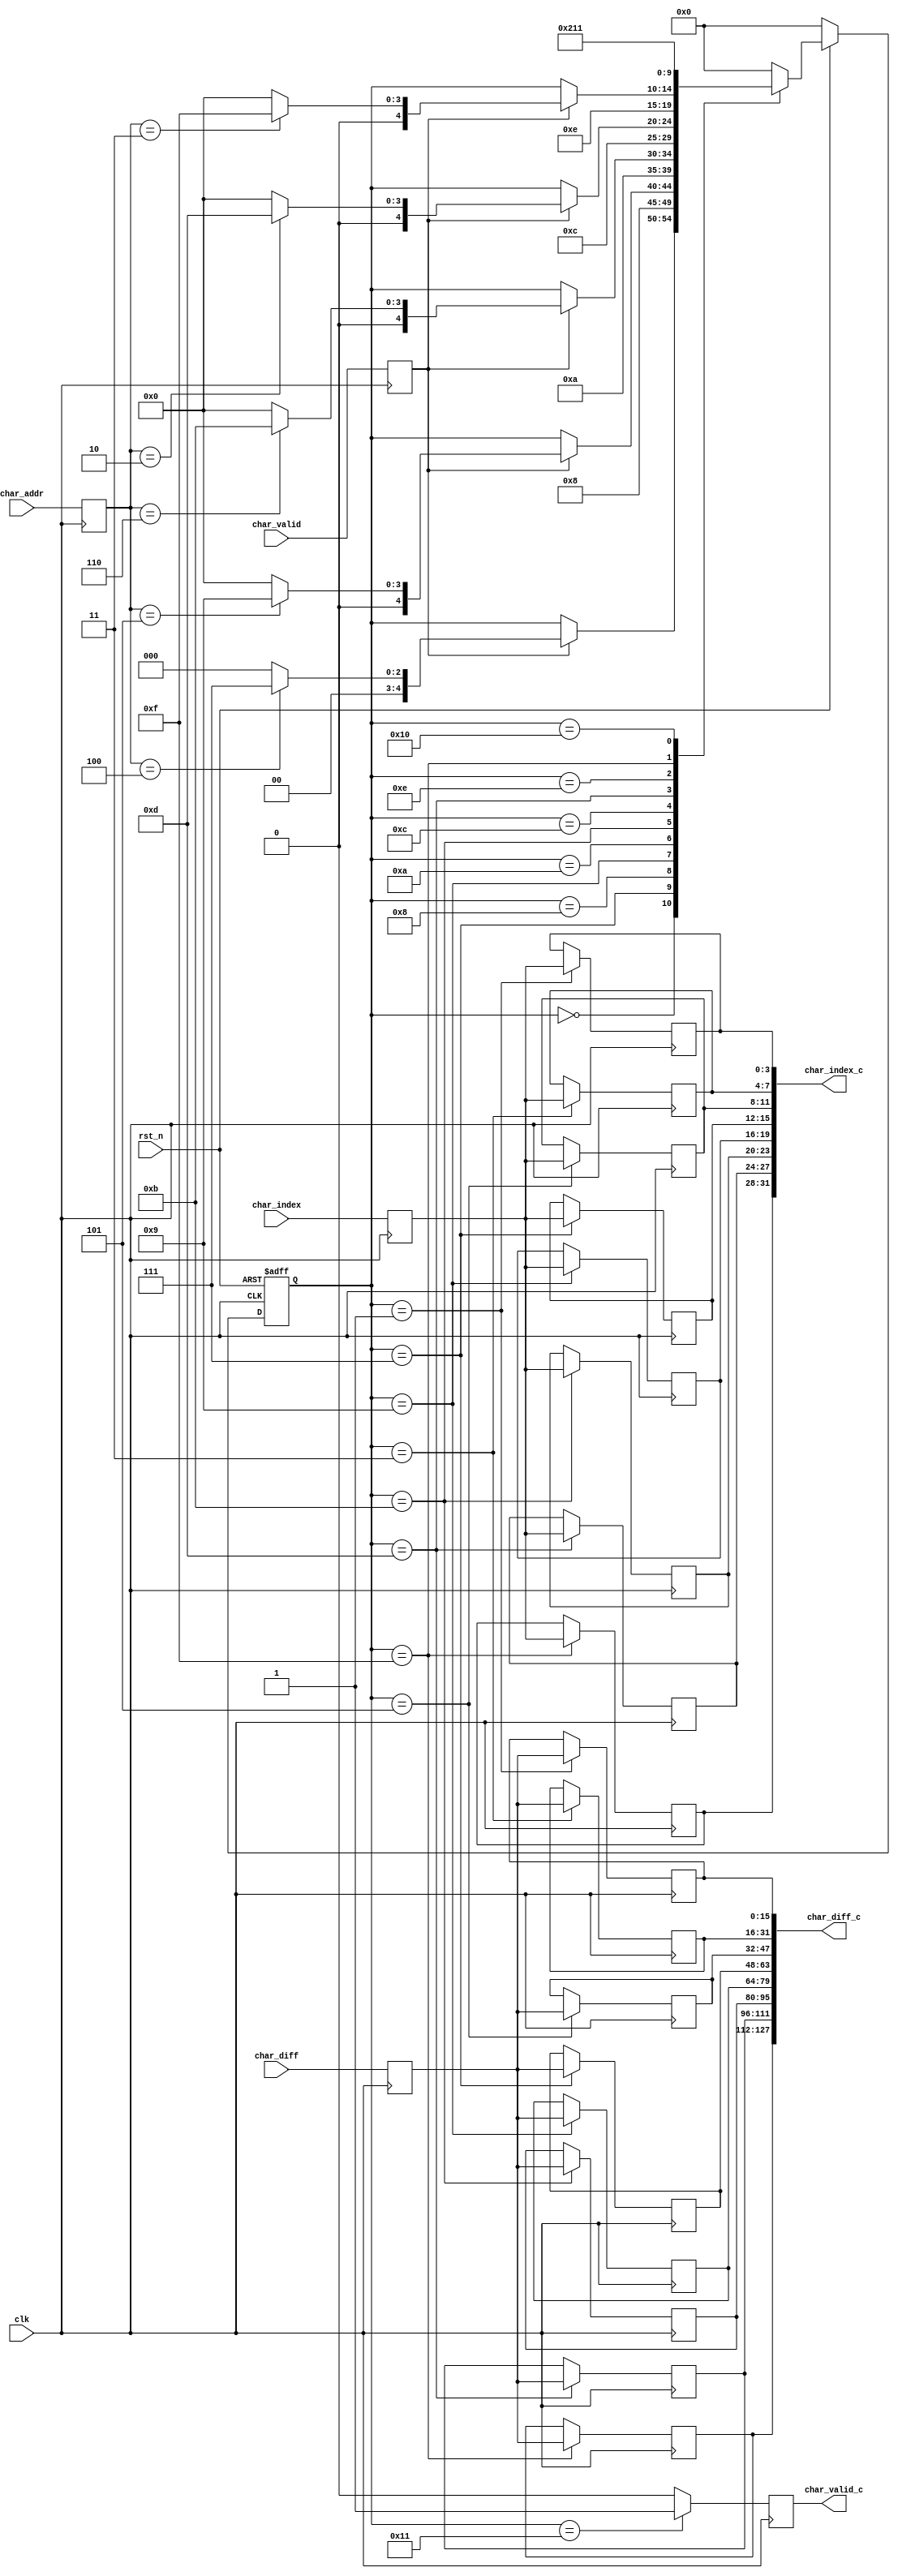
`timescale 1ns / 1ps
//////////////////////////////////////////////////////////////////////////////////
// Company: 
// Engineer: 
// 
// Design Name: 
// Module Name: combine
// Project Name: 
// Target Devices: 
// Tool Versions: 
// Description: 
// 
// Dependencies: 
// 
// Revision:
// Revision 0.01 - File Created
// Additional Comments:
// 
//////////////////////////////////////////////////////////////////////////////////


module combine #(
	parameter [0:0] ALL_CHAR = 0,
	parameter [3:0] CHAR_NUM = 7
	)(
	input             clk         ,
	input             rst_n       ,

	/* input signal */
	input  [     3:0] char_index  ,
	input  [    15:0] char_diff   ,
	input  [     2:0] char_addr   ,
	input             char_valid  ,

	/* output signal */
	output [ 8*4-1:0] char_index_c, // 32
	output [8*16-1:0] char_diff_c , // 32*4
	output            char_valid_c
);

	localparam IDLE    = 5'd0;
	localparam CHAR0_V = 5'd1;
	localparam CHAR0   = 5'd2;
	localparam CHAR1_V = 5'd3;
	localparam CHAR1   = 5'd4;
	localparam CHAR2_V = 5'd5;
	localparam CHAR2   = 5'd6;
	localparam CHAR3_V = 5'd7;
	localparam CHAR3   = 5'd8;
	localparam CHAR4_V = 5'd9;
	localparam CHAR4   = 5'd10;
	localparam CHAR5_V = 5'd11;
	localparam CHAR5   = 5'd12;
	localparam CHAR6_V = 5'd13;
	localparam CHAR6   = 5'd14;
	localparam CHAR7_V = 5'd15;
	localparam CHAR7   = 5'd16;
	localparam DONE    = 5'd17;

	reg [3:0] char_index_reg[7:0];
	reg [15:0] char_diff_reg[7:0];
	reg [2:0] char_addr_reg[7:0];
	reg char_valid_reg;

	reg [ 3:0] char_index_delay = 'd0;
	reg [15:0] char_diff_delay  = 'd0;
	reg [ 2:0] char_addr_delay  = 'd0;
	reg        char_valid_delay = 'd0;

	reg [4:0] state_now;
	reg [4:0] state_next;

	always @(posedge clk) begin
		char_index_delay <= char_index;
		char_diff_delay  <= char_diff;
		char_addr_delay  <= char_addr;
		char_valid_delay <= char_valid;
	end

	always @(posedge clk or negedge rst_n) begin : proc_state_now
		if(~rst_n) begin
			state_now <= IDLE;
		end else begin
			state_now <= state_next;
		end
	end
/*
generate
	if(ALL_CHAR) begin

		always @(*) begin : proc_state_next
			if(~rst_n) begin
				state_next = IDLE;
			end else begin
				case (state_now)
					IDLE : begin 
						if(char_valid_delay) begin
							if(char_addr_delay == 'd2) begin
								state_next = CHAR0_V;
							end else begin 
								state_next = IDLE;
							end
						end else begin 
							state_next = state_now;
						end
					end
					CHAR0_V : begin 
						state_next = CHAR0;
					end
					CHAR0 : begin 
						if(char_valid_delay) begin
							if(char_addr_delay == 'd3) begin
								state_next = CHAR1_V;
							end else begin 
								state_next = IDLE;
							end
						end else begin 
							state_next = state_now;
						end
					end
					CHAR1_V : begin 
						state_next = CHAR1;
					end
					CHAR1 : begin 
						if(char_valid_delay) begin
							if(char_addr_delay == 'd4) begin
								state_next = CHAR2_V;
							end else begin 
								state_next = IDLE;
							end
						end else begin 
							state_next = state_now;
						end
					end
					CHAR2_V : begin 
						state_next = CHAR2;
					end
					CHAR2 : begin 
						if(char_valid_delay) begin
							if(char_addr_delay == 'd5) begin
								state_next = CHAR3_V;
							end else begin 
								state_next = IDLE;
							end
						end else begin 
							state_next = state_now;
						end
					end
					CHAR3_V : begin 
						state_next = CHAR3;
					end
					CHAR3 : begin 
						if(char_valid_delay) begin
							if(char_addr_delay == 'd6) begin
								state_next = CHAR4_V;
							end else begin 
								state_next = IDLE;
							end
						end else begin 
							state_next = state_now;
						end
					end
					CHAR4_V : begin 
						state_next = CHAR4;
					end
					CHAR4 : begin 
						if(char_valid_delay) begin
							if(char_addr_delay == 'd7) begin
								state_next = CHAR5_V;
							end else begin 
								state_next = IDLE;
							end
						end else begin 
							state_next = state_now;
						end
					end
					CHAR5_V : begin 
						state_next = CHAR5;
					end
					CHAR5 : begin 
						if(char_valid_delay) begin
							if(char_addr_delay == 'd0) begin
								state_next = CHAR6_V;
							end else begin 
								state_next = IDLE;
							end
						end else begin 
							state_next = state_now;
						end
					end
					CHAR6_V : begin 
						state_next = CHAR6;
					end
					CHAR6 : begin 
						if(char_valid_delay) begin
							if(char_addr_delay == 'd1) begin
								state_next = CHAR7_V;
							end else begin 
								state_next = IDLE;
							end
						end else begin 
							state_next = state_now;
						end
					end
					CHAR7_V : begin 
						state_next = CHAR7;
					end
					CHAR7 : begin 
						state_next = DONE;
					end
					DONE : begin 
						state_next = IDLE;
					end
					default : state_next = IDLE;
				endcase
			end
		end
	
	end else begin 

		generate

			if(CHAR_NUM == 8) begin

				always @(*) begin : proc_state_next
					if(~rst_n) begin
						state_next = IDLE;
					end else begin
						case (state_now)
							IDLE : begin 
								if(char_valid_delay) begin
									if(char_addr_delay == 'd5) begin
										state_next = CHAR3_V;
									end else begin 
										state_next = IDLE;
									end
								end else begin 
									state_next = state_now;
								end
							end
							CHAR3_V : begin 
								state_next = CHAR3;
							end
							CHAR3 : begin 
								if(char_valid_delay) begin
									if(char_addr_delay == 'd6) begin
										state_next = CHAR4_V;
									end else begin 
										state_next = IDLE;
									end
								end else begin 
									state_next = state_now;
								end
							end
							CHAR4_V : begin 
								state_next = CHAR4;
							end
							CHAR4 : begin 
								if(char_valid_delay) begin
									if(char_addr_delay == 'd7) begin
										state_next = CHAR5_V;
									end else begin 
										state_next = IDLE;
									end
								end else begin 
									state_next = state_now;
								end
							end
							CHAR5_V : begin 
								state_next = CHAR5;
							end
							CHAR5 : begin 
								if(char_valid_delay) begin
									if(char_addr_delay == 'd3) begin
										state_next = CHAR6_V;
									end else begin 
										state_next = IDLE;
									end
								end else begin 
									state_next = state_now;
								end
							end
							CHAR6_V : begin 
								state_next = CHAR6;
							end
							CHAR6 : begin 
								if(char_valid_delay) begin
									if(char_addr_delay == 'd4) begin
										state_next = CHAR7_V;
									end else begin 
										state_next = IDLE;
									end
								end else begin 
									state_next = state_now;
								end
							end
							CHAR7_V : begin 
								state_next = CHAR7;
							end
							CHAR7 : begin 
								state_next = DONE;
							end
							DONE : begin 
								state_next = IDLE;
							end
							default : state_next = IDLE;
						endcase
					end
				end
				
			end else begin 

				always @(*) begin : proc_state_next
					if(~rst_n) begin
						state_next = IDLE;
					end else begin
						case (state_now)
							IDLE : begin 
								if(char_valid_delay) begin
									if(char_addr_delay == 'd4) begin
										state_next = CHAR3_V;
									end else begin 
										state_next = IDLE;
									end
								end else begin 
									state_next = state_now;
								end
							end
							CHAR3_V : begin 
								state_next = CHAR3;
							end
							CHAR3 : begin 
								if(char_valid_delay) begin
									if(char_addr_delay == 'd5) begin
										state_next = CHAR4_V;
									end else begin 
										state_next = IDLE;
									end
								end else begin 
									state_next = state_now;
								end
							end
							CHAR4_V : begin 
								state_next = CHAR4;
							end
							CHAR4 : begin 
								if(char_valid_delay) begin
									if(char_addr_delay == 'd6) begin
										state_next = CHAR5_V;
									end else begin 
										state_next = IDLE;
									end
								end else begin 
									state_next = state_now;
								end
							end
							CHAR5_V : begin 
								state_next = CHAR5;
							end
							CHAR5 : begin 
								if(char_valid_delay) begin
									if(char_addr_delay == 'd2) begin
										state_next = CHAR6_V;
									end else begin 
										state_next = IDLE;
									end
								end else begin 
									state_next = state_now;
								end
							end
							CHAR6_V : begin 
								state_next = CHAR6;
							end
							CHAR6 : begin 
								if(char_valid_delay) begin
									if(char_addr_delay == 'd3) begin
										state_next = CHAR7_V;
									end else begin 
										state_next = IDLE;
									end
								end else begin 
									state_next = state_now;
								end
							end
							CHAR7_V : begin 
								state_next = CHAR7;
							end
							CHAR7 : begin 
								state_next = DONE;
							end
							DONE : begin 
								state_next = IDLE;
							end
							default : state_next = IDLE;
						endcase
					end
				end

			end

		endgenerate
	
	end
endgenerate
*/

generate
case ({ALL_CHAR, CHAR_NUM})
	5'b11000: begin // ALL CHAR

		always @(*) begin : proc_state_next
			if(~rst_n) begin
				state_next = IDLE;
			end else begin
				case (state_now)
					IDLE : begin 
						if(char_valid_delay) begin
							if(char_addr_delay == 'd2) begin
								state_next = CHAR0_V;
							end else begin 
								state_next = IDLE;
							end
						end else begin 
							state_next = state_now;
						end
					end
					CHAR0_V : begin 
						state_next = CHAR0;
					end
					CHAR0 : begin 
						if(char_valid_delay) begin
							if(char_addr_delay == 'd3) begin
								state_next = CHAR1_V;
							end else begin 
								state_next = IDLE;
							end
						end else begin 
							state_next = state_now;
						end
					end
					CHAR1_V : begin 
						state_next = CHAR1;
					end
					CHAR1 : begin 
						if(char_valid_delay) begin
							if(char_addr_delay == 'd4) begin
								state_next = CHAR2_V;
							end else begin 
								state_next = IDLE;
							end
						end else begin 
							state_next = state_now;
						end
					end
					CHAR2_V : begin 
						state_next = CHAR2;
					end
					CHAR2 : begin 
						if(char_valid_delay) begin
							if(char_addr_delay == 'd5) begin
								state_next = CHAR3_V;
							end else begin 
								state_next = IDLE;
							end
						end else begin 
							state_next = state_now;
						end
					end
					CHAR3_V : begin 
						state_next = CHAR3;
					end
					CHAR3 : begin 
						if(char_valid_delay) begin
							if(char_addr_delay == 'd6) begin
								state_next = CHAR4_V;
							end else begin 
								state_next = IDLE;
							end
						end else begin 
							state_next = state_now;
						end
					end
					CHAR4_V : begin 
						state_next = CHAR4;
					end
					CHAR4 : begin 
						if(char_valid_delay) begin
							if(char_addr_delay == 'd7) begin
								state_next = CHAR5_V;
							end else begin 
								state_next = IDLE;
							end
						end else begin 
							state_next = state_now;
						end
					end
					CHAR5_V : begin 
						state_next = CHAR5;
					end
					CHAR5 : begin 
						if(char_valid_delay) begin
							if(char_addr_delay == 'd0) begin
								state_next = CHAR6_V;
							end else begin 
								state_next = IDLE;
							end
						end else begin 
							state_next = state_now;
						end
					end
					CHAR6_V : begin 
						state_next = CHAR6;
					end
					CHAR6 : begin 
						if(char_valid_delay) begin
							if(char_addr_delay == 'd1) begin
								state_next = CHAR7_V;
							end else begin 
								state_next = IDLE;
							end
						end else begin 
							state_next = state_now;
						end
					end
					CHAR7_V : begin 
						state_next = CHAR7;
					end
					CHAR7 : begin 
						state_next = DONE;
					end
					DONE : begin 
						state_next = IDLE;
					end
					default : state_next = IDLE;
				endcase
			end
		end

	end
	5'b01000: begin // CHAR NUM = 8

		always @(*) begin : proc_state_next
			if(~rst_n) begin
				state_next = IDLE;
			end else begin
				case (state_now)
					IDLE : begin 
						if(char_valid_delay) begin
							if(char_addr_delay == 'd5) begin
								state_next = CHAR3_V;
							end else begin 
								state_next = IDLE;
							end
						end else begin 
							state_next = state_now;
						end
					end
					CHAR3_V : begin 
						state_next = CHAR3;
					end
					CHAR3 : begin 
						if(char_valid_delay) begin
							if(char_addr_delay == 'd6) begin
								state_next = CHAR4_V;
							end else begin 
								state_next = IDLE;
							end
						end else begin 
							state_next = state_now;
						end
					end
					CHAR4_V : begin 
						state_next = CHAR4;
					end
					CHAR4 : begin 
						if(char_valid_delay) begin
							if(char_addr_delay == 'd7) begin
								state_next = CHAR5_V;
							end else begin 
								state_next = IDLE;
							end
						end else begin 
							state_next = state_now;
						end
					end
					CHAR5_V : begin 
						state_next = CHAR5;
					end
					CHAR5 : begin 
						if(char_valid_delay) begin
							if(char_addr_delay == 'd3) begin
								state_next = CHAR6_V;
							end else begin 
								state_next = IDLE;
							end
						end else begin 
							state_next = state_now;
						end
					end
					CHAR6_V : begin 
						state_next = CHAR6;
					end
					CHAR6 : begin 
						if(char_valid_delay) begin
							if(char_addr_delay == 'd4) begin
								state_next = CHAR7_V;
							end else begin 
								state_next = IDLE;
							end
						end else begin 
							state_next = state_now;
						end
					end
					CHAR7_V : begin 
						state_next = CHAR7;
					end
					CHAR7 : begin 
						state_next = DONE;
					end
					DONE : begin 
						state_next = IDLE;
					end
					default : state_next = IDLE;
				endcase
			end
		end

	end
	5'b00111:begin // CHAR NUM = 7

		always @(*) begin : proc_state_next
			if(~rst_n) begin
				state_next = IDLE;
			end else begin
				case (state_now)
					IDLE : begin 
						if(char_valid_delay) begin
							if(char_addr_delay == 'd4) begin
								state_next = CHAR3_V;
							end else begin 
								state_next = IDLE;
							end
						end else begin 
							state_next = state_now;
						end
					end
					CHAR3_V : begin 
						state_next = CHAR3;
					end
					CHAR3 : begin 
						if(char_valid_delay) begin
							if(char_addr_delay == 'd5) begin
								state_next = CHAR4_V;
							end else begin 
								state_next = IDLE;
							end
						end else begin 
							state_next = state_now;
						end
					end
					CHAR4_V : begin 
						state_next = CHAR4;
					end
					CHAR4 : begin 
						if(char_valid_delay) begin
							if(char_addr_delay == 'd6) begin
								state_next = CHAR5_V;
							end else begin 
								state_next = IDLE;
							end
						end else begin 
							state_next = state_now;
						end
					end
					CHAR5_V : begin 
						state_next = CHAR5;
					end
					CHAR5 : begin 
						if(char_valid_delay) begin
							if(char_addr_delay == 'd2) begin
								state_next = CHAR6_V;
							end else begin 
								state_next = IDLE;
							end
						end else begin 
							state_next = state_now;
						end
					end
					CHAR6_V : begin 
						state_next = CHAR6;
					end
					CHAR6 : begin 
						if(char_valid_delay) begin
							if(char_addr_delay == 'd3) begin
								state_next = CHAR7_V;
							end else begin 
								state_next = IDLE;
							end
						end else begin 
							state_next = state_now;
						end
					end
					CHAR7_V : begin 
						state_next = CHAR7;
					end
					CHAR7 : begin 
						state_next = DONE;
					end
					DONE : begin 
						state_next = IDLE;
					end
					default : state_next = IDLE;
				endcase
			end
		end

	end
	default :begin // CHAR NUM = 7

		always @(*) begin : proc_state_next
			if(~rst_n) begin
				state_next = IDLE;
			end else begin
				case (state_now)
					IDLE : begin 
						if(char_valid_delay) begin
							if(char_addr_delay == 'd4) begin
								state_next = CHAR3_V;
							end else begin 
								state_next = IDLE;
							end
						end else begin 
							state_next = state_now;
						end
					end
					CHAR3_V : begin 
						state_next = CHAR3;
					end
					CHAR3 : begin 
						if(char_valid_delay) begin
							if(char_addr_delay == 'd5) begin
								state_next = CHAR4_V;
							end else begin 
								state_next = IDLE;
							end
						end else begin 
							state_next = state_now;
						end
					end
					CHAR4_V : begin 
						state_next = CHAR4;
					end
					CHAR4 : begin 
						if(char_valid_delay) begin
							if(char_addr_delay == 'd6) begin
								state_next = CHAR5_V;
							end else begin 
								state_next = IDLE;
							end
						end else begin 
							state_next = state_now;
						end
					end
					CHAR5_V : begin 
						state_next = CHAR5;
					end
					CHAR5 : begin 
						if(char_valid_delay) begin
							if(char_addr_delay == 'd2) begin
								state_next = CHAR6_V;
							end else begin 
								state_next = IDLE;
							end
						end else begin 
							state_next = state_now;
						end
					end
					CHAR6_V : begin 
						state_next = CHAR6;
					end
					CHAR6 : begin 
						if(char_valid_delay) begin
							if(char_addr_delay == 'd3) begin
								state_next = CHAR7_V;
							end else begin 
								state_next = IDLE;
							end
						end else begin 
							state_next = state_now;
						end
					end
					CHAR7_V : begin 
						state_next = CHAR7;
					end
					CHAR7 : begin 
						state_next = DONE;
					end
					DONE : begin 
						state_next = IDLE;
					end
					default : state_next = IDLE;
				endcase
			end
		end

	end
endcase
endgenerate

	always @(posedge clk) begin : proc_output
		case (state_now)
			CHAR0_V : begin 
				char_index_reg[0] <= char_index_delay;
				char_diff_reg[0] <= char_diff_delay;
				char_valid_reg <= 'b0;
			end
			CHAR1_V : begin 
				char_index_reg[1] <= char_index_delay;
				char_diff_reg[1] <= char_diff_delay;
				char_valid_reg <= 'b0;
			end
			CHAR2_V : begin 
				char_index_reg[2] <= char_index_delay;
				char_diff_reg[2] <= char_diff_delay;
				char_valid_reg <= 'b0;
			end
			CHAR3_V : begin 
				char_index_reg[3] <= char_index_delay;
				char_diff_reg[3] <= char_diff_delay;
				char_valid_reg <= 'b0;
			end
			CHAR4_V : begin 
				char_index_reg[4] <= char_index_delay;
				char_diff_reg[4] <= char_diff_delay;
				char_valid_reg <= 'b0;
			end
			CHAR5_V : begin 
				char_index_reg[5] <= char_index_delay;
				char_diff_reg[5] <= char_diff_delay;
				char_valid_reg <= 'b0;
			end
			CHAR6_V : begin 
				char_index_reg[6] <= char_index_delay;
				char_diff_reg[6] <= char_diff_delay;
				char_valid_reg <= 'b0;
			end
			CHAR7_V : begin 
				char_index_reg[7] <= char_index_delay;
				char_diff_reg[7] <= char_diff_delay;
				char_valid_reg <= 'b0;
			end
			DONE : begin 
				char_valid_reg <= 'b1;
			end
			default : begin 
				char_valid_reg <= 1'b0;
			end
		endcase
	end

	assign char_index_c = {char_index_reg[7],char_index_reg[6],char_index_reg[5],char_index_reg[4],char_index_reg[3],char_index_reg[2],char_index_reg[1],char_index_reg[0]};

	assign char_diff_c = {char_diff_reg[7],char_diff_reg[6],char_diff_reg[5],char_diff_reg[4],char_diff_reg[3],char_diff_reg[2],char_diff_reg[1],char_diff_reg[0]};

	assign char_valid_c = char_valid_reg;

endmodule